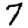
Digit: 7